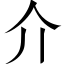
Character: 介